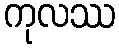
ကုလဿ